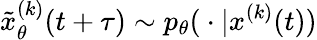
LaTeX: \tilde{x}_{\theta}^{(k)}(t+\tau)\sim p_{\theta}({}\cdot{}|x^{(k)}(t))